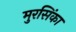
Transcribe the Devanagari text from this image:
मुरसिंका